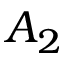
A _ { 2 }